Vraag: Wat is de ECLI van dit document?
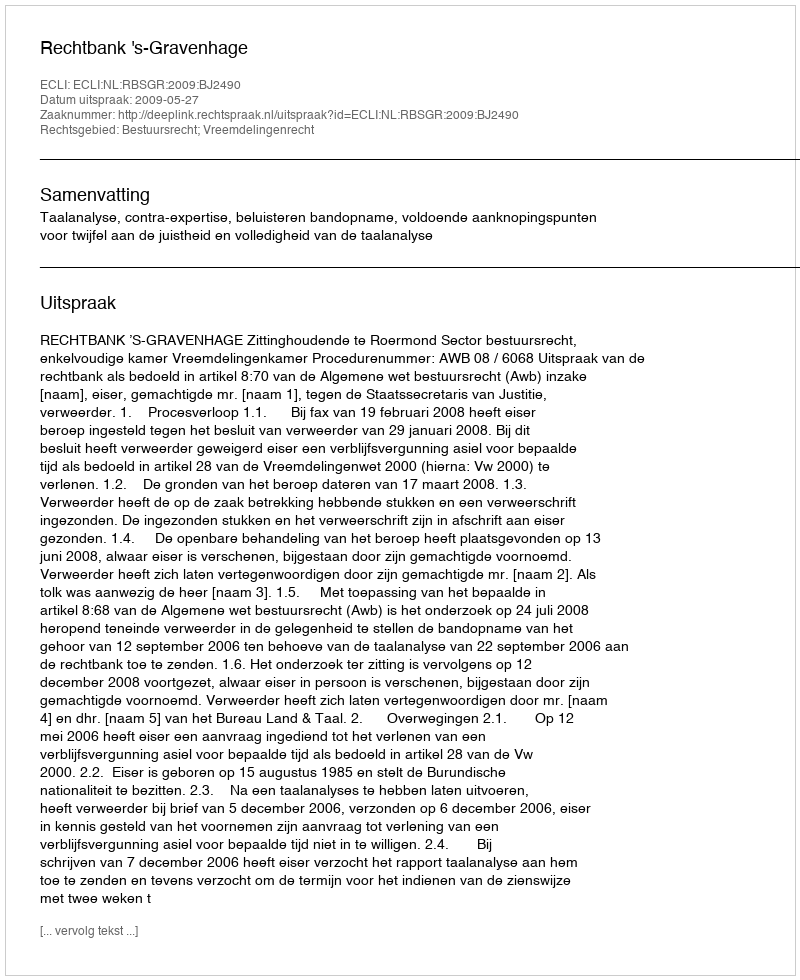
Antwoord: ECLI:NL:RBSGR:2009:BJ2490